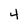
Character: 4